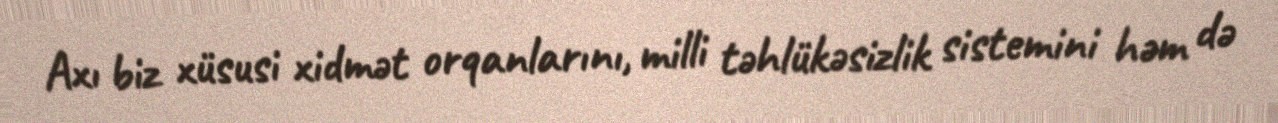
Axı biz xüsusi xidmət orqanlarını, milli təhlükəsizlik sistemini həm də